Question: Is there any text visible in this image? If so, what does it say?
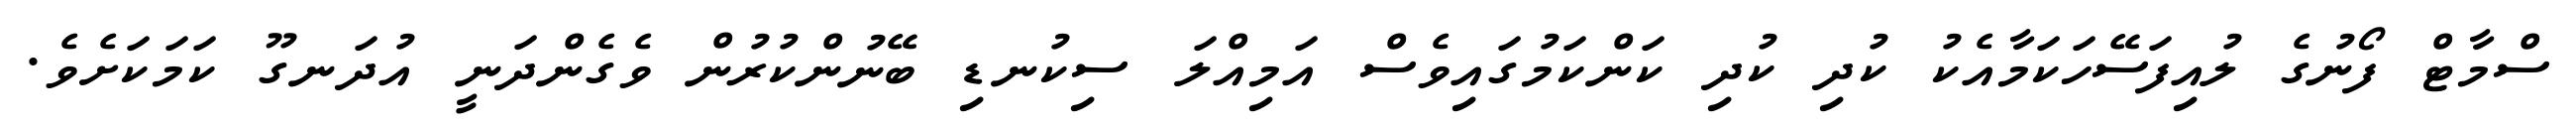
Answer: ސްމާޓް ފޯނުގެ ލުއިފަސޭހަކަމާއެކު ކުދި ކުދި ކަންކަމުގައިވެސް އަމިއްލަ ސިކުނޑި ބޭނުންކުރުން ވެގެންދަނީ އުދަނގޫ ކަމަކަށެވެ.